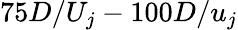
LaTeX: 75D/U_{j}-100D/u_{j}